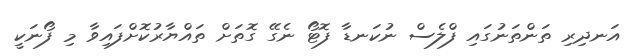
އަނދިރި ތަންތަނުގައި ފްލެސް ނުކަނޑާ ފޮޓޯ ނެގޭ ގޮތަށް ތައްޔާރުކޮށްފައިވާ މި ފޯނަކީ